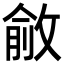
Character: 𢾄